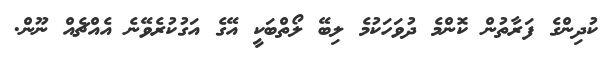
ކުދިންގެ ފަރާތުން ކޮންމެ ދުވަހަކުމެ ލިބޭ ލޯތްބަކީ އޭގެ އަގުކުރެވޭނެ އެއްޗެއް ނޫން.